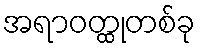
အရာဝတ္ထုတစ်ခု